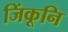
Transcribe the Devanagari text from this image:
जिंकूनि